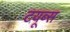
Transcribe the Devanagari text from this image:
टयूब्स